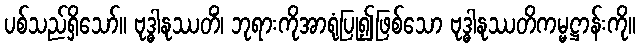
ပစ်သည်ရှိသော်။ ဗုဒ္ဓါနုဿတိံ၊ ဘုရားကိုအာရုံပြု၍ဖြစ်သော ဗုဒ္ဓါနုဿတိကမ္မဋ္ဌာန်းကို။